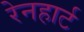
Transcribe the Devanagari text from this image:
रेनहार्ट